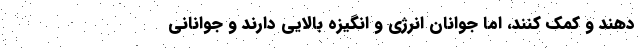
دهند و کمک کنند، اما جوانان انرژی و انگیزه بالایی دارند و جوانانی